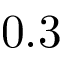
0 . 3